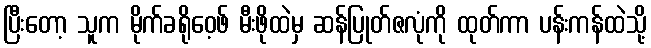
ပြီးတော့ သူက မိုက်ခရိုဝေ့ဖ် မီးဖိုထဲမှ ဆန်ပြုတ်ဇလုံကို ထုတ်ကာ ပန်းကန်ထဲသို့